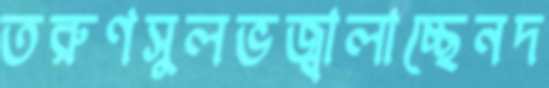
তরুণসুলভজ্বালাচ্ছেনদ